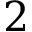
2